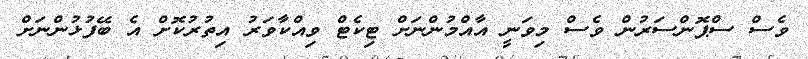
ވެސް ސްޕޮންސަރުން ވެސް މިވަނީ އާއްމުންނަށް ޓިކެޓް ވިއްކާވަރު އިތުރުކޮށް އެ ބޭފުޅުންނަށް